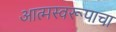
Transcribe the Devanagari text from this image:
आत्मस्वरूपाचा